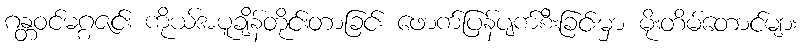
ဂန္တဝင်မဂ္ဂဇင်း ကိုယ်အပူချိန်တိုင်းတာခြင်း ဖောက်ပြန်ပျက်စီးခြင်းမှာ မိုးတိမ်တောင်များ